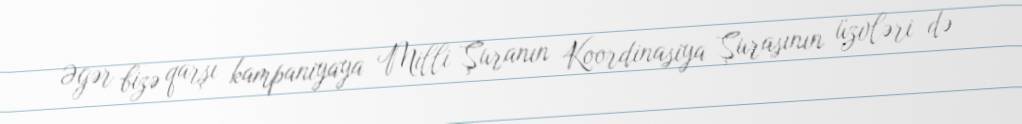
Əgər bizə qarşı kampaniyaya Milli Şuranın Koordinasiya Şurasının üzvləri də